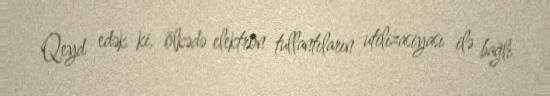
Qeyd edək ki, ölkədə elektron tullantıların utilizasiyası ilə bağlı